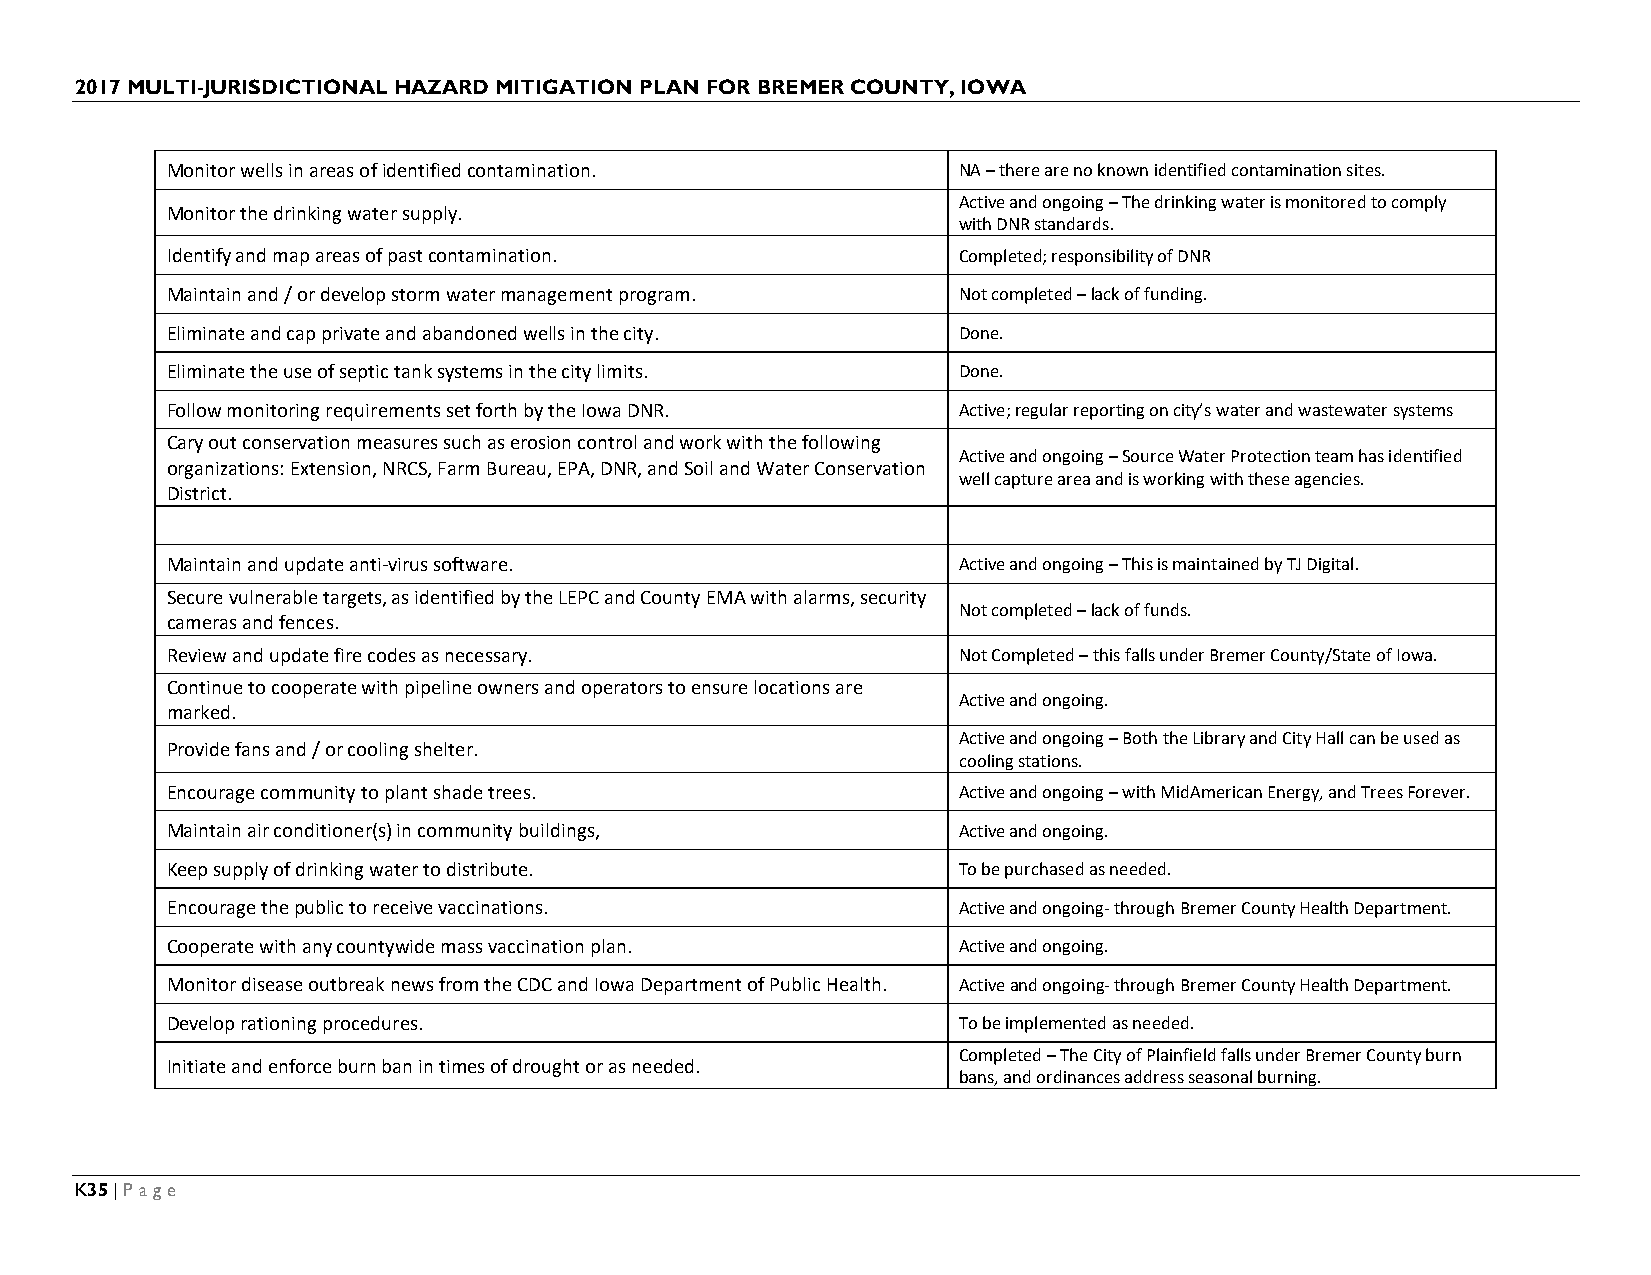
2017 MULTI-JURISDICTIONAL HAZARD MITIGATION PLAN FOR BREMER COUNTY, IOWA
 Monitor wells in areas of identified contamination. NA – there are no known identified contamination sites.
 Active and ongoing – The drinking water is monitored to comply
 Monitor the drinking water supply.
 with DNR standards.
 Identify and map areas of past contamination.       Completed; responsibility of DNR
 Maintain and / or develop storm water management program. Not completed – lack of funding.
 Eliminate and cap private and abandoned wells in the city. Done.
 Eliminate the use of septic tank systems in the city limits. Done.
 Follow monitoring requirements set forth by the Iowa DNR. Active; regular reporting on city’s water and wastewater systems
 Cary out conservation measures such as erosion control and work with the following
 Active and ongoing – Source Water Protection team has identified
 organizations: Extension, NRCS, Farm Bureau, EPA, DNR, and Soil and Water Conservation
 well capture area and is working with these agencies.
 District.
 Maintain and update anti-virus software.            Active and ongoing – This is maintained by TJ Digital.
 Secure vulnerable targets, as identified by the LEPC and County EMA with alarms, security
 Not completed – lack of funds.
 cameras and fences.
 Review and update fire codes as necessary.          Not Completed – this falls under Bremer County/State of Iowa.
 Continue to cooperate with pipeline owners and operators to ensure locations are
 Active and ongoing.
 marked.
 Active and ongoing – Both the Library and City Hall can be used as
 Provide fans and / or cooling shelter.
 cooling stations.
 Encourage community to plant shade trees.           Active and ongoing – with MidAmerican Energy, and Trees Forever.
 Maintain air conditioner(s) in community buildings, Active and ongoing.
 Keep supply of drinking water to distribute.        To be purchased as needed.
 Encourage the public to receive vaccinations.       Active and ongoing- through Bremer County Health Department.
 Cooperate with any countywide mass vaccination plan. Active and ongoing.
 Monitor disease outbreak news from the CDC and Iowa Department of Public Health. Active and ongoing- through Bremer County Health Department.
 Develop rationing procedures.                       To be implemented as needed.
 Completed – The City of Plainfield falls under Bremer County burn
 Initiate and enforce burn ban in times of drought or as needed.
 bans, and ordinances address seasonal burning.
 K35 | Page